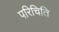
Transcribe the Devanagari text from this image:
परिचिति